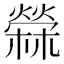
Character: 檾